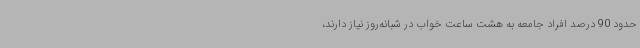
حدود 90 درصد افراد جامعه به هشت ساعت خواب در شبانه‌روز نیاز دارند،